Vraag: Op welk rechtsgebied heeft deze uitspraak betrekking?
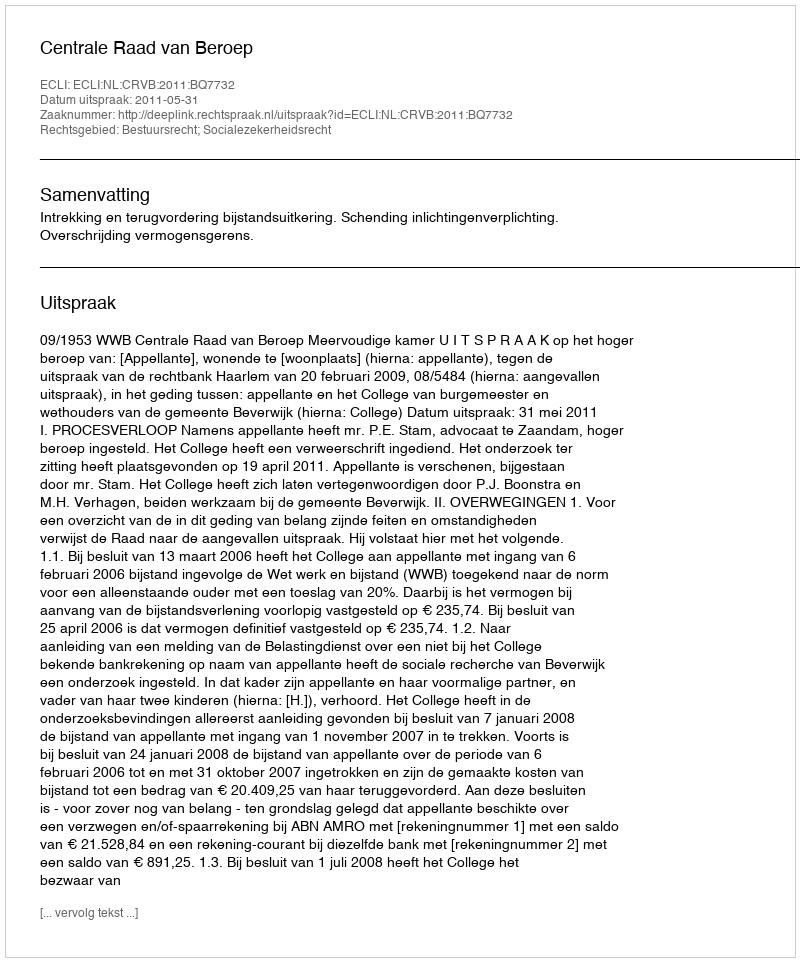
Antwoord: Bestuursrecht; Socialezekerheidsrecht